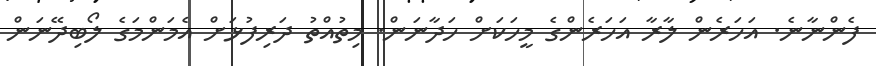
ފެންނާނެ. އަހަރެން ލާރާ އަހަރެންގެ މީހަކަށް ހަދާނަން. މިތުއްތު ދަރިފުޅަށް އެމަންމަގެ ލޯބިދޭނަން